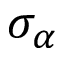
\sigma _ { \alpha }